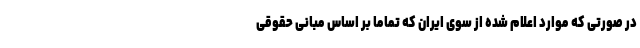
در صورتی که موارد اعلام شده از سوی ایران که تماما بر اساس مبانی حقوقی